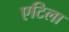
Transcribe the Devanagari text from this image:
एटिला